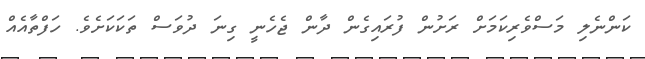
ކަންނެލި މަސްވެރިކަމަށް ރަށުން ފުރައިގެން ދާން ޖެހެނީ ގިނަ ދުވަސް ތަކަކަށެވެ. ހަފްތާއެއް